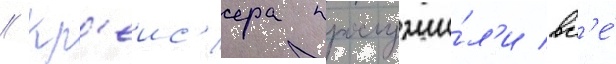
// Кр'еис'ера прослужи́л'и вс'е́